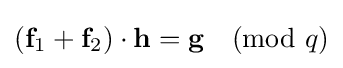
\left({\textbf {f}}_{1}+{\textbf {f}}_{2}\right)\cdot {\textbf {h}}={\textbf {g}}{\pmod {q}}